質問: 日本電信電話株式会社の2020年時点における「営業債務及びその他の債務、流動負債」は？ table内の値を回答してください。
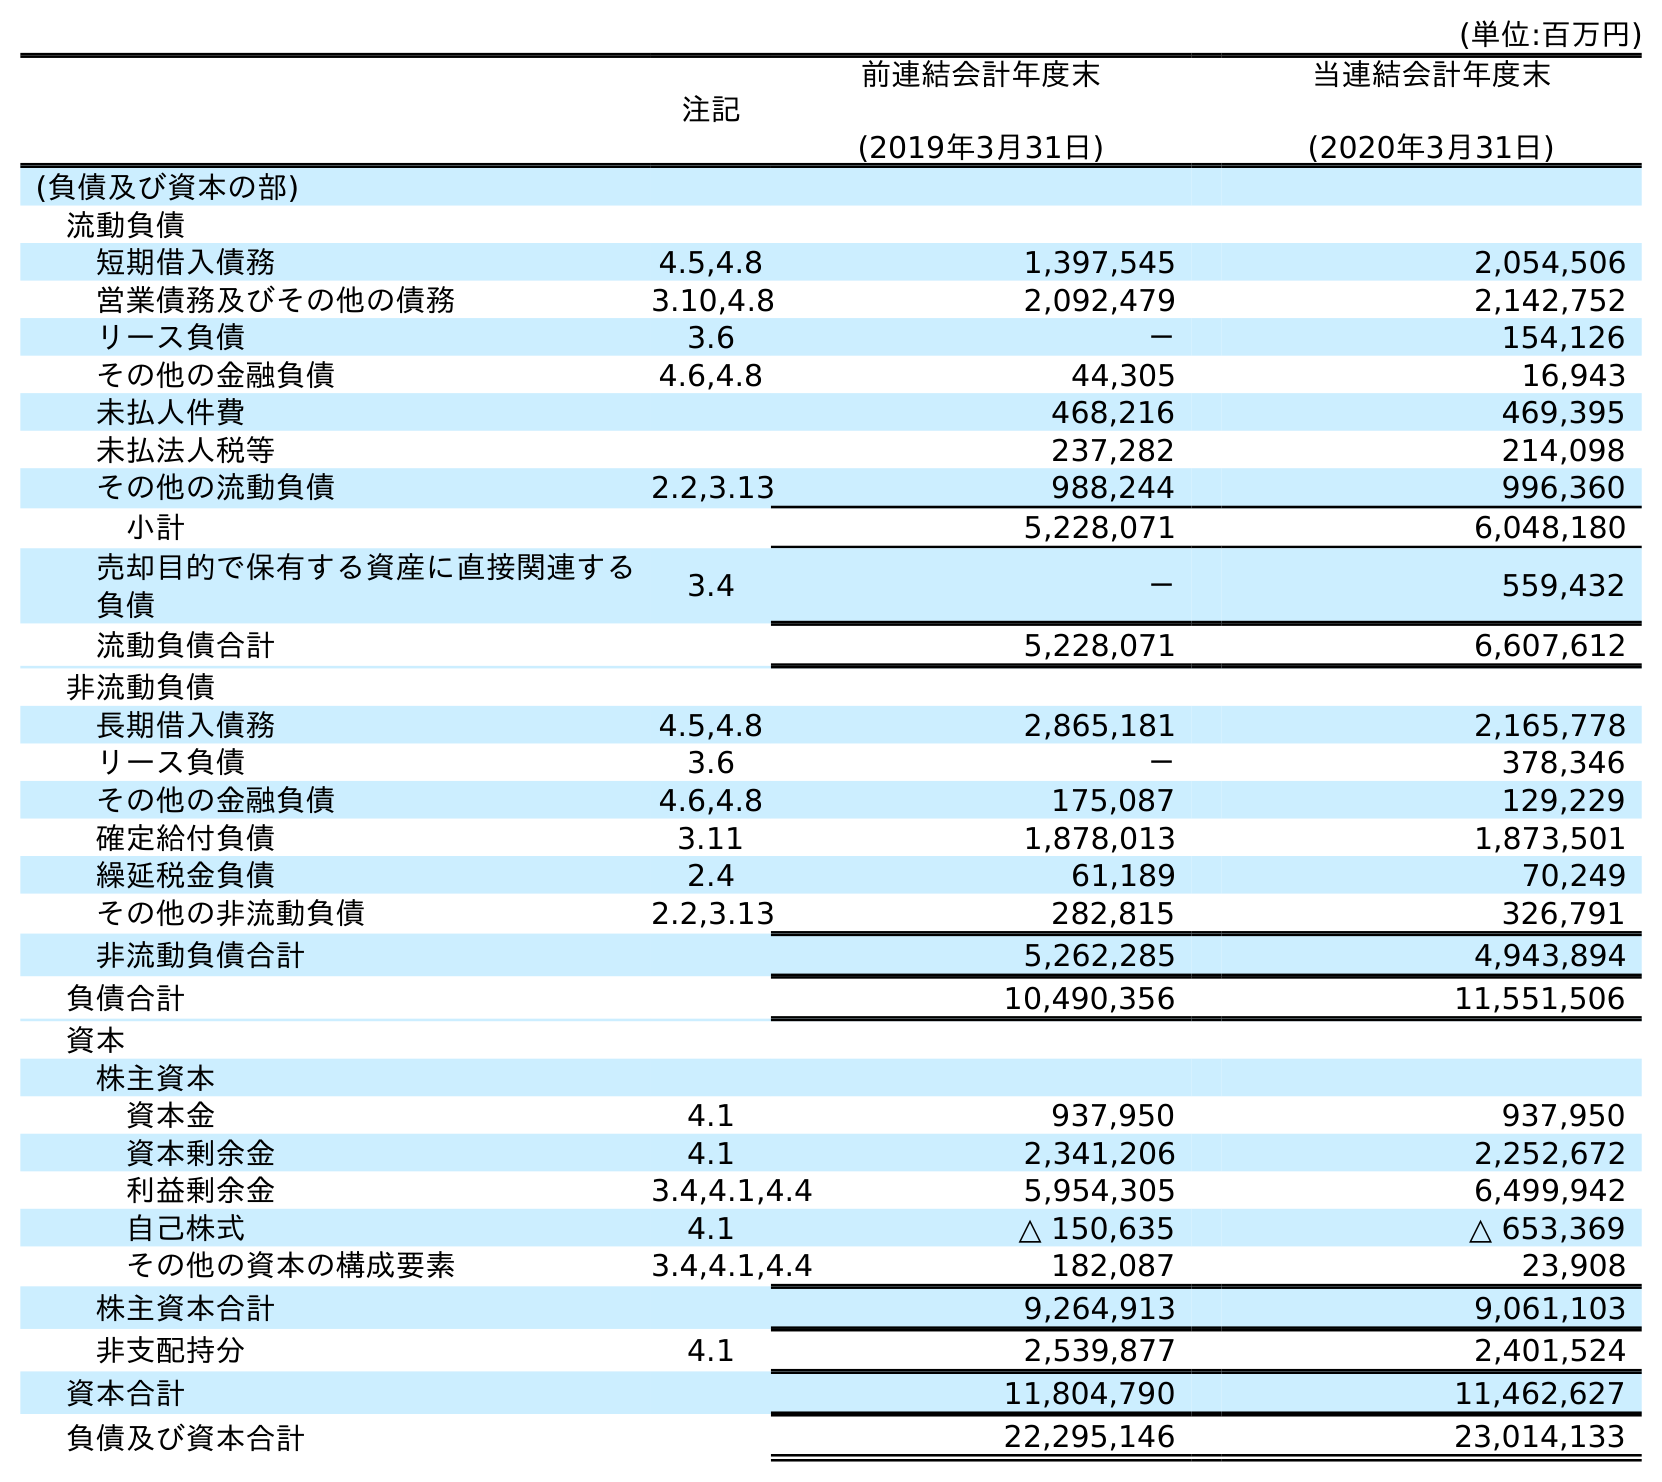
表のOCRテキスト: (単位:百万円) 注記 前連結会計年度末 (2019年3月31日) 当連結会計年度末 (2020年3月31日) (負債及び資本の部) 流動負債 短期借入債務 4.5,4.8 1,397,545 2,054,506 営業債務及びその他の債務 3.10,4.8 2,092,479 2,142,752 リース負債 3.6 － 154,126 その他の金融負債 4.6,4.8 44,305 16,943 未払人件費 468,216 469,395 未払法人税等 237,282 214,098 その他の流動負債 2.2,3.13 988,244 996,360 小計 5,228,071 6,048,180 売却目的で保有する資産に直接関連する 負債 3.4 － 559,432 流動負債合計 5,228,071 6,607,612 非流動負債 長期借入債務 4.5,4.8 2,865,181 2,165,778 リース負債 3.6 － 378,346 その他の金融負債 4.6,4.8 175,087 129,229 確定給付負債 3.11 1,878,013 1,873,501 繰延税金負債 2.4 61,189 70,249 その他の非流動負債 2.2,3.13 282,815 326,791 非流動負債合計 5,262,285 4,943,894 負債合計 10,490,356 11,551,506 資本 株主資本 資本金 4.1 937,950 937,950 資本剰余金 4.1 2,341,206 2,252,672 利益剰余金 3.4,4.1,4.4 5,954,305 6,499,942 自己株式 4.1 △ 150,635 △ 653,369 その他の資本の構成要素 3.4,4.1,4.4 182,087 23,908 株主資本合計 9,264,913 9,061,103 非支配持分 4.1 2,539,877 2,401,524 資本合計 11,804,790 11,462,627 負債及び資本合計 22,295,146 23,014,133
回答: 2,142,752